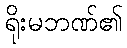
ရိုးမဘဏ်၏